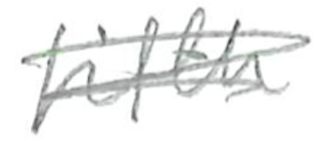
Text: fifth
Cross-out: scratch
Writing tool: pencil